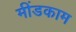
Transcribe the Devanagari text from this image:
मींडकाम